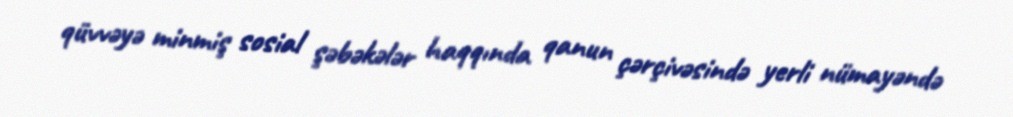
qüvvəyə minmiş sosial şəbəkələr haqqında qanun çərçivəsində yerli nümayəndə